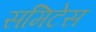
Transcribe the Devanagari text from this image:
समिटेस